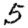
Digit: 5